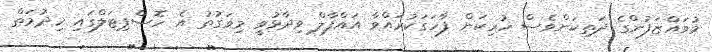
މުވައްޒަފުންގެ ދަތިކަންވެސް ހުރިކަން ފާހަގަކުރައްވާ އައްފާލް ވިދާޅުވީ މިވަގުތު އެ ހޮސްޕިޓަލްގައި ޚިދުމަތް